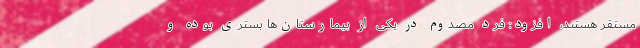
مستقر هستند، افزود: فرد مصدوم در یکی از بیمارستان‌ها بستری بوده و